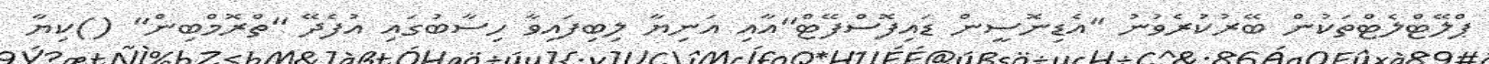
ޕްލޭޓްލެޓްތަކުން ބޭރުކުރެވުނު ''އެޑިނޮސީން ޑައިފޮސްފޭޓް''އާއި އަނިޔާ ލިބިފައިވާ ހިސާބުގައި އުފެދޭ ''ތްރޮމްބިން'' ()ކިޔާ